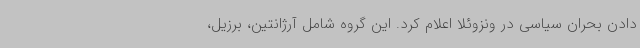
دادن بحران سیاسی در ونزوئلا اعلام کرد. این گروه شامل آرژانتین، برزیل،